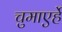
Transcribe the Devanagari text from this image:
चुमाएर्हे